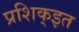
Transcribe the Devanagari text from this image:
प्रशिक्इत